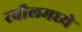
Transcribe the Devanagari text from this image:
रबौलमध्ये